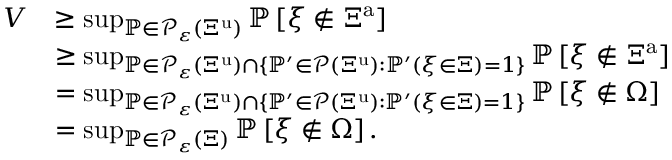
\begin{array} { r l } { V } & { \geq \operatorname* { s u p } _ { { \mathbb P } \in { \mathcal P } _ { \varepsilon } \left( { \Xi } ^ { \mathrm { u } } \right) } { \mathbb P } \left[ { \xi } \notin \Xi ^ { \mathrm { a } } \right] } \\ & { \geq \operatorname* { s u p } _ { { \mathbb P } \in { \mathcal P } _ { \varepsilon } \left( { \Xi } ^ { \mathrm { u } } \right) \cap \left\{ { \mathbb P } ^ { \prime } \in { \mathcal P } \left( { \Xi } ^ { \mathrm { u } } \right) : { \mathbb P } ^ { \prime } \left( { \xi } \in { \Xi } \right) = 1 \right\} } { \mathbb P } \left[ { \xi } \notin \Xi ^ { \mathrm { a } } \right] } \\ & { = \operatorname* { s u p } _ { { \mathbb P } \in { \mathcal P } _ { \varepsilon } \left( { \Xi } ^ { \mathrm { u } } \right) \cap \left\{ { \mathbb P } ^ { \prime } \in { \mathcal P } \left( { \Xi } ^ { \mathrm { u } } \right) : { \mathbb P } ^ { \prime } \left( { \xi } \in { \Xi } \right) = 1 \right\} } { \mathbb P } \left[ { \xi } \notin { \Omega } \right] } \\ & { = \operatorname* { s u p } _ { { \mathbb P } \in { \mathcal P } _ { \varepsilon } \left( \Xi \right) } { \mathbb P } \left[ { \xi } \notin { \Omega } \right] . } \end{array}